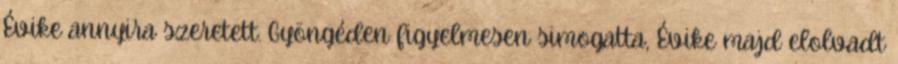
Évike annyira szeretett. Gyöngéden figyelmesen simogatta, Évike majd elolvadt